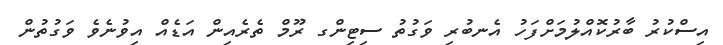
އިސްކުރު ބާރުކޮއްލުމަށްފަހު އެނބުރި ވަގުތު ސިޓިންގ ރޫމް ތެރެއިން އަޑެއް އިވުނެވެ ވަގުތުން